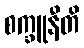
စက္ခူနီတိ